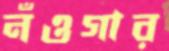
নঁওগার